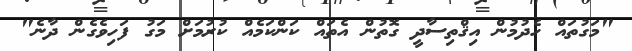
"މަގުތައް ހެދުމުން އިޤްތިސާދީ ގޮތުން އެތައް ކަންކަމެއް ކުރުމަށް މަގު ފަހިވެގެން ދާނެ"